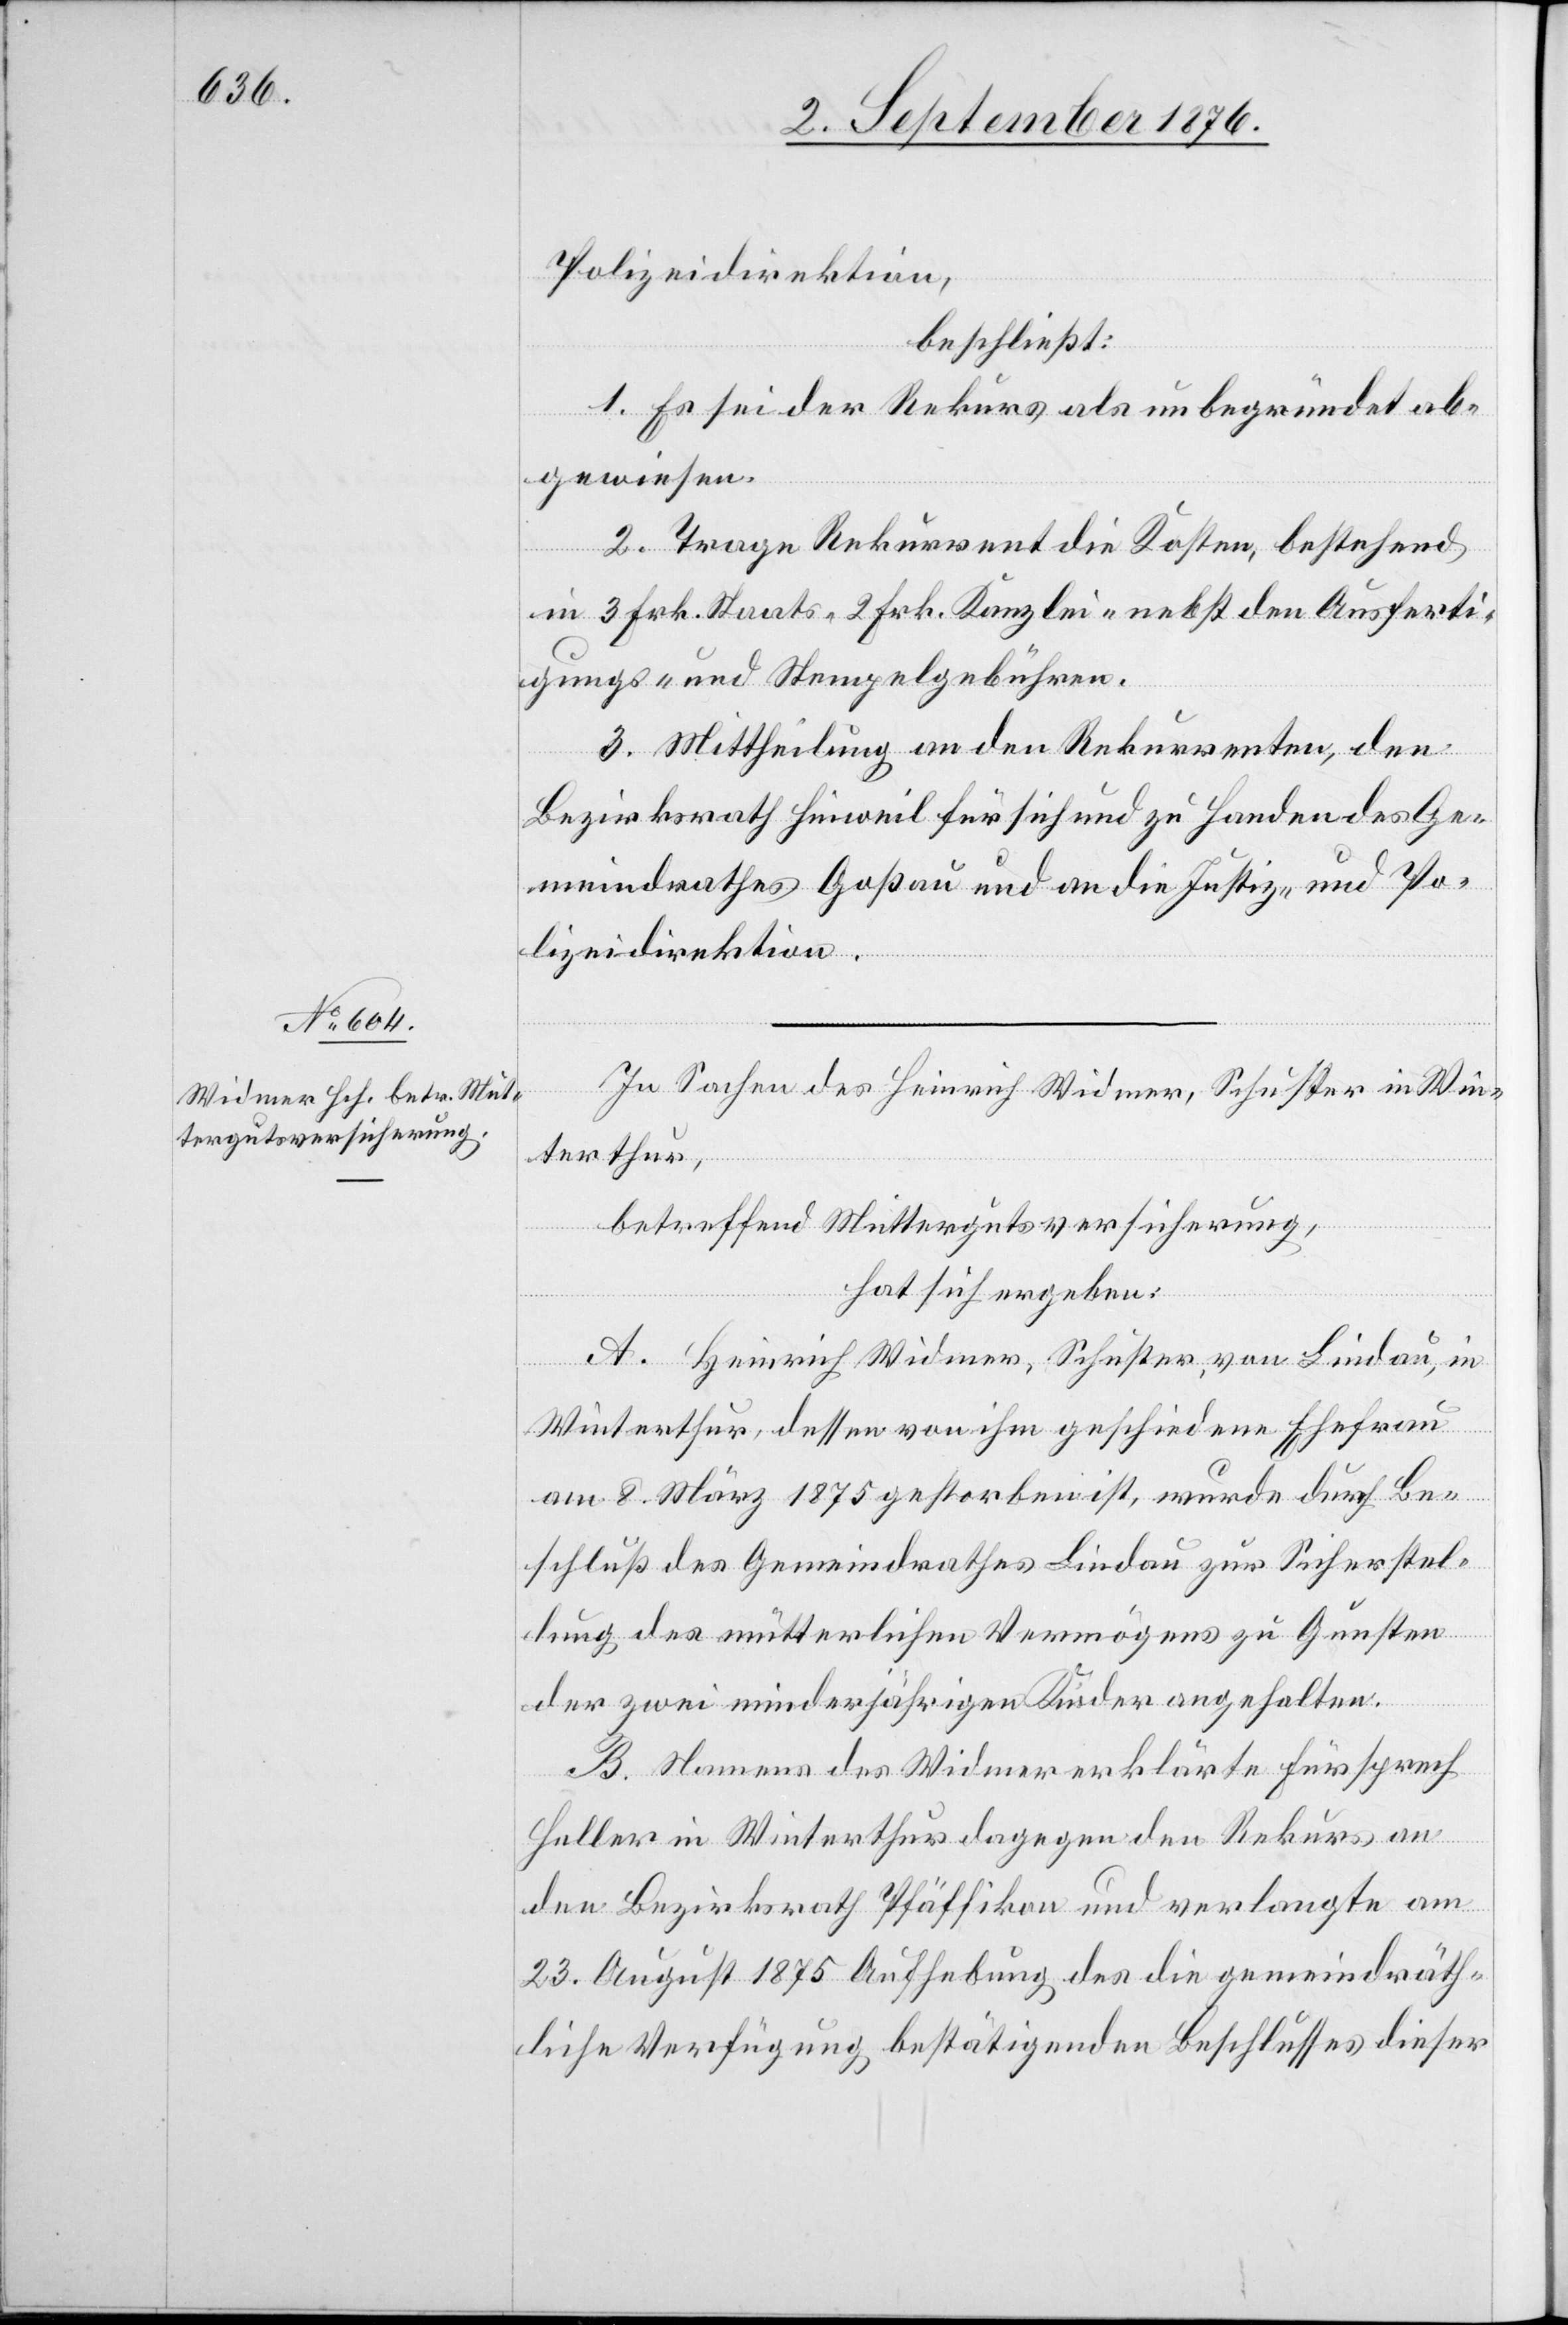
Polizeidirektion,
beschließt:
1. Es sei der Rekurs als unbegründet ab¬
gewiesen.
2. Trage Rekurrent die Kosten, bestehend
in 3 Frk. Staats- 2 Frk. Kanzlei- nebst den Ausferti¬
gungs- und Stempelgebühren.
3. Mittheilung an den Rekurrenten, den
Bezirksrath Hinweil für sich und zu Handen des Ge¬
meindrathes Goßau und an die Justiz- und Po¬
lizeidirektion.
In Sachen des Heinrich Widmer, Schuster in Win¬
terthur,
betreffend Muttergutsversicherung,
hat sich ergeben:
A. Heinrich Widmer, Schuster, von Lindau, in
Winterthur, dessen von ihm geschiedene Ehefrau
am 8. März 1875 gestorben ist, wurde durch Be¬
schluß des Gemeindrathes Lindau zur Sicherstel¬
lung des mütterlichen Vermögens zu Gunsten
der zwei minderjährigen Kinder angehalten.
B. Namens des Widmer erklärte Fürsprech
Heller in Winterthur dagegen den Rekurs an
den Bezirksrath Pfäffikon und verlangte am
23. August 1875 Aufhebung des die gemeindräth¬
liche Verfügung bestätigenden Beschlusses dieser